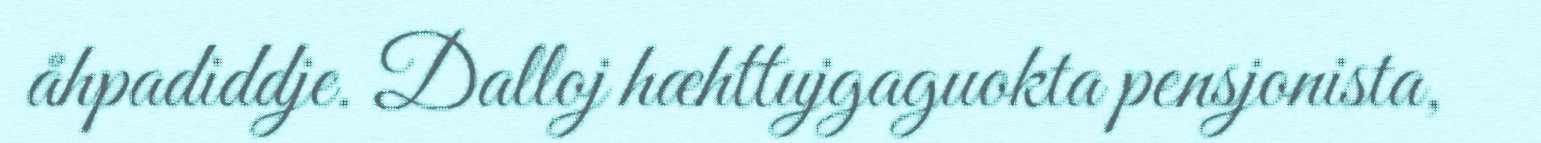
åhpadiddje. Dalloj hæhttujgaguokta pensjonista,